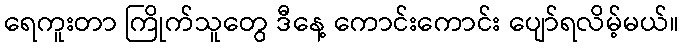
ရေကူးတာ ကြိုက်သူတွေ ဒီနေ့ ကောင်းကောင်း ပျော်ရလိမ့်မယ်။